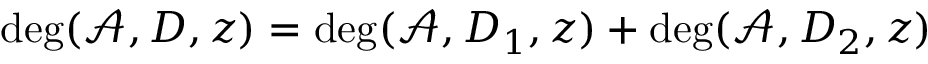
\deg ( \mathcal { A } , D , z ) = \deg ( \mathcal { A } , D _ { 1 } , z ) + \deg ( \mathcal { A } , D _ { 2 } , z )